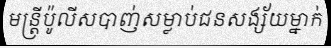
មន្ត្រីប៉ូលីសបាញ់សម្លាប់ជនសង្ស័យម្នាក់